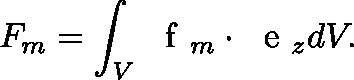
F _ { m } = \int _ { V } \mathrm { ~ \boldmath ~ f ~ } _ { m } \cdot \mathrm { ~ \boldmath ~ e ~ } _ { z } d V .